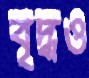
বৃদ্ধও